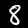
Label: 8